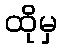
ထိုမှ